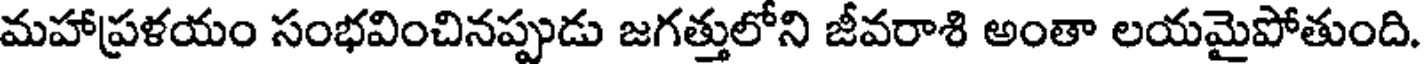
మహాప్రళయం సంభవించినప్పుడు జగత్తులోని జీవరాశి అంతా లయమైపోతుంది.